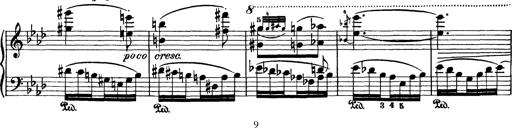
Title: AnnÃ©es de pÃ¨lerinage I
Composer: Franz Liszt